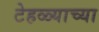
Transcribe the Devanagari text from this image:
टेहळ्याच्या